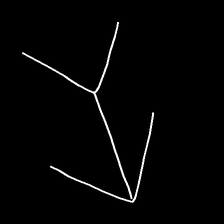
Glyph: gather